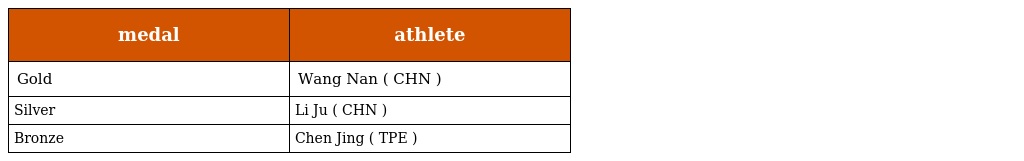
| medal | athlete |
 | --- | --- |
 | Gold | Wang Nan ( CHN ) |
 | Silver | Li Ju ( CHN ) |
 | Bronze | Chen Jing ( TPE ) |